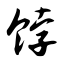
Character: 饽